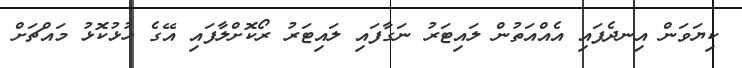
ކިޔަވަން އިނދެފައި އެއްއަތުން ލައިޓަރު ނަގާފައި ލައިޓަރު ރޯކޮށްލާފައި އޭގެ ހުޅުކޮޅު މައްޗަށް